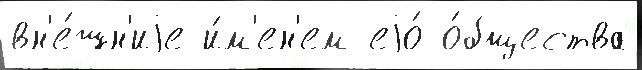
вн'е́шн'иjе и́м'ен'ем еjо́ о́бщества